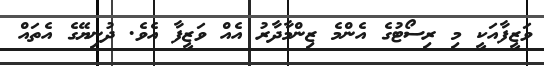
ވަޒީފާއަކީ މި ރިސޯޓުގެ އެންމެ ޒިންމާދާރު އެއް ވަޒީފާ އެވެ. ދުނިޔޭގެ އެތައް